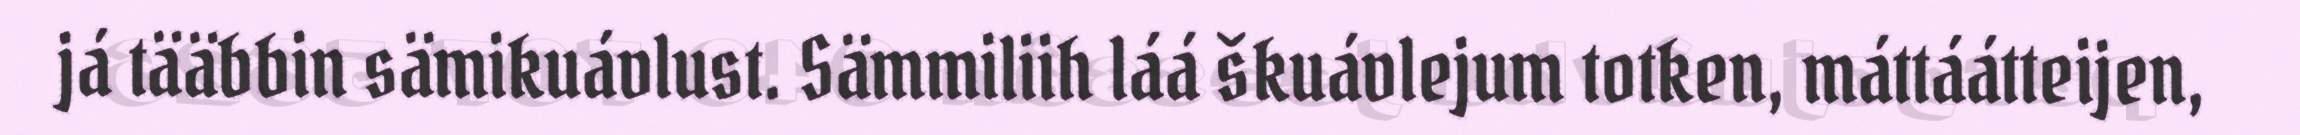
já tääbbin sämikuávlust. Sämmiliih láá škuávlejum totken, máttáátteijen,